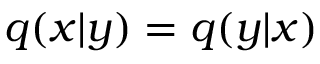
q ( x | y ) = q ( y | x )